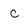
Character: c